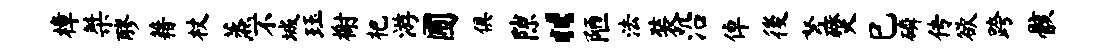
樟桀醪藉杖蒸不城珏榭杷游圃俱隙“陋法装沿倬後弩燹巳磷传欲跨骸